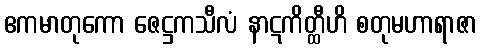
ဧကမာတုကော ဇေဋ္ဌကသီလံ နာဋကိတ္ထီဟိ စတုမဟာရာဇာ